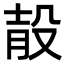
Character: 𣪎